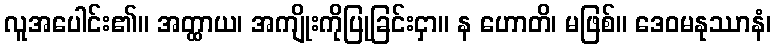
လူအပေါင်း၏။ အတ္ထာယ၊ အကျိုးကိုပြုခြင်းငှာ။ န ဟောတိ၊ မဖြစ်။ ဒေဝမနုဿာနံ၊